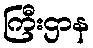
ကြီးဌာန